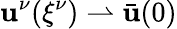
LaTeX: \mathbf{u}^{\nu}({\xi^{\nu}})\rightharpoonup\bar{{\mathbf{u}}}(0)